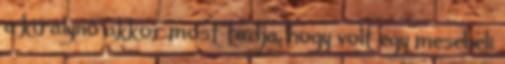
a királynő akkor most tudja, hogy volt egy mesebeli